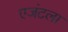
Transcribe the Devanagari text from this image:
एजंटला